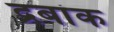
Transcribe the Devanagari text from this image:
द्रबांक